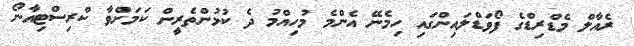
ރެއާލް މެޑްރިޑްގެ ފޯވަޑްލައިންގައި ހިމެނޭ އެންމެ މުހިއްމު ދެ ކުޅުންތެރީން ކަމަށްވާ ކްރިސްޓިއާނޯ